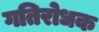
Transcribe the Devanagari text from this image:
गतिरोधक